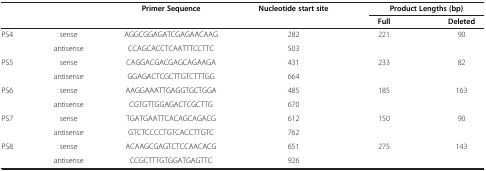
<table><thead><tr><td><b> </b></td><td><b> </b></td><td><b>Primer Sequence</b></td><td><b>Nucleotide start site</b></td><td colspan="2"><b>Product Lengths (bp)</b></td></tr><tr><td><b> </b></td><td><b> </b></td><td><b> </b></td><td><b> </b></td><td><b>Full</b></td><td><b>Deleted</b></td></tr></thead><tbody><tr><td>PS4</td><td>sense</td><td>AGGCGGAGATCGAGAACAAG</td><td>282</td><td>221</td><td>90</td></tr><tr><td> </td><td>antisense</td><td>CCAGCACCTCAATTTCCTTC</td><td>503</td><td> </td><td> </td></tr><tr><td>PS5</td><td>sense</td><td>CAGGACGACGAGCAGAAGA</td><td>431</td><td>233</td><td>82</td></tr><tr><td> </td><td>antisense</td><td>GGAGACTCGCTTGTCTTTGG</td><td>664</td><td> </td><td> </td></tr><tr><td>PS6</td><td>sense</td><td>AAGGAAATTGAGGTGCTGGA</td><td>485</td><td>185</td><td>163</td></tr><tr><td> </td><td>antisense</td><td>CGTGTTGGAGACTCGCTTG</td><td>670</td><td> </td><td> </td></tr><tr><td>PS7</td><td>sense</td><td>TGATGAATTCACAGCAGACG</td><td>612</td><td>150</td><td>90</td></tr><tr><td> </td><td>antisense</td><td>GTCTCCCCTGTCACCTTGTC</td><td>762</td><td> </td><td> </td></tr><tr><td>PS8</td><td>sense</td><td>ACAAGCGAGTCTCCAACACG</td><td>651</td><td>275</td><td>143</td></tr><tr><td> </td><td>antisense</td><td>CCGCTTTGTGGATGAGTTC</td><td>926</td><td> </td><td> </td></tr></tbody></table>